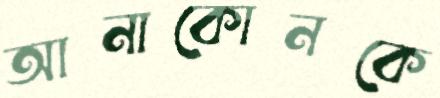
আনাকোনকে